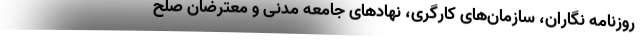
روزنامه نگاران، سازمان‌های کارگری، نهادهای جامعه مدنی و معترضان صلح